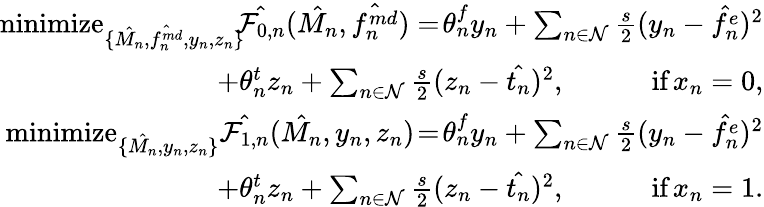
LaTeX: \begin{array}{r}{\! \! \! \! \! \left\{ {\begin{array}{r}{\! \! \mathop{\textrm{minimize}}_{\{ \hat{M_{n}},\hat{f_{n}^{md}},y_{n},z_{n}\} }\! \! \hat{\mathcal{F}_{0,n}}(\hat{M_{n}},\hat{f_{n}^{md}})=\! \theta_{n}^{f}y_{n}+\sum_{n\in\mathcal{N}}\frac{s}{2}(y_{n}-\hat{f_{n}^{e}})^{2}}\\ {+\theta_{n}^{t}z_{n}+\sum_{n\in\mathcal{N}}\frac{s}{2}(z_{n}-\hat{t_{n}})^{2},\qquad\quad\mathop{\textrm{if}}x_{n}=0,}\\ {\! \! \mathop{\textrm{minimize}}_{\{ \hat{M_{n}},y_{n},z_{n}\} }\hat{\mathcal{F}_{1,n}}(\hat{M_{n}},y_{n},z_{n})\! =\! \theta_{n}^{f}y_{n}+\sum_{n\in\mathcal{N}}\frac{s}{2}(y_{n}-\hat{f_{n}^{e}})^{2}}\\ {+\theta_{n}^{t}z_{n}+\sum_{n\in\mathcal{N}}\frac{s}{2}(z_{n}-\hat{t_{n}})^{2},\qquad\quad\mathop{\textrm{if}}x_{n}=1.}\end{array}}\right.}\end{array}